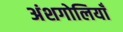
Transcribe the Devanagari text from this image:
अंशगोलियाँ